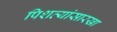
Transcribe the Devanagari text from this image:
पिशव्यांसारखा